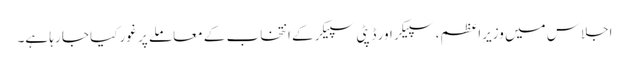
اجلاس میں وزیرِاعظم، سپیکر اور ڈپٹی سپیکر کے انتخاب کے معاملے پر غور کیا جا رہا ہے۔